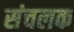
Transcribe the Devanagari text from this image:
संचलक